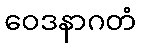
ဝေဒနာဂတံ